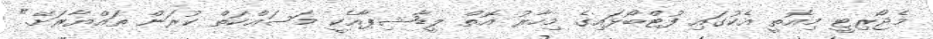
މެޖޯރިޓީ މިއޮތީ އެކުގައި ފުޓްބޯޅައިގެ މިހާރު އޮތް ލީޑާޝިޕާއެކީ މަސައްކަތް ކުރަން ތައްޔާރަށޭ."